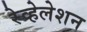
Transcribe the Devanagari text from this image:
रेव्हेलेशन